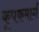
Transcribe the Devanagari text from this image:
कूपकमार्ग